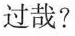
过哉？